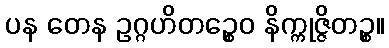
ပန တေန ဥဂ္ဂဟိတဉ္စေဝ နိက္ကုဇ္ဇိတဉ္စ။